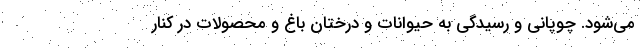
می‌شود. چوپانی و رسیدگی به حیوانات و درختان باغ و محصولات در کنار